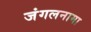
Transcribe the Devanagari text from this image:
जंगलनामा